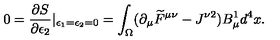
0 = \frac { \partial S } { \partial \epsilon _ { 2 } } | _ { \epsilon _ { 1 } = \epsilon _ { 2 } = 0 } = \int _ { \Omega } ( \partial _ { \mu } \widetilde { F } ^ { \mu \nu } - J ^ { \nu 2 } ) B _ { \mu } ^ { 1 } d ^ { 4 } x .